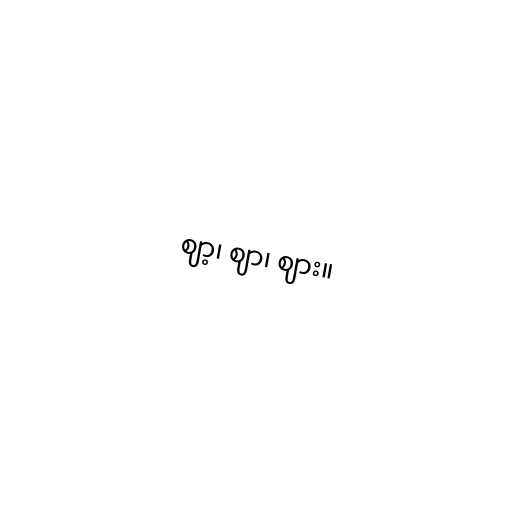
ဈာ့၊ ဈာ၊ ဈား။